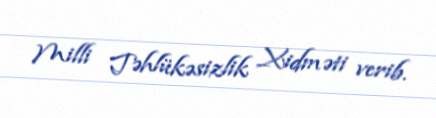
Milli Təhlükəsizlik Xidməti verib.